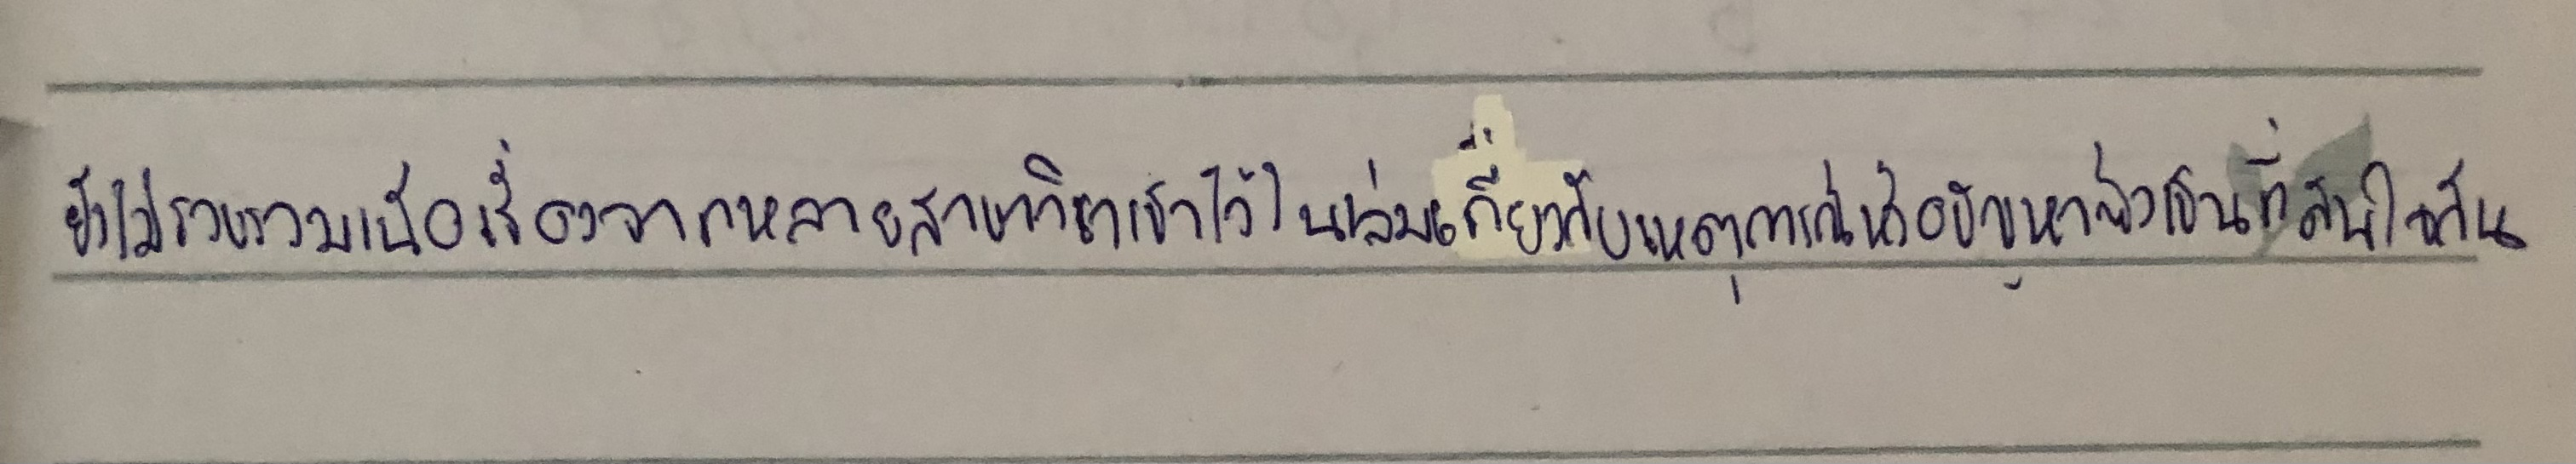
ยังได้รวบรวมเนื้อเรื่องจากหลายสาขาวิชาเข้าใว้ในเล่มเกี่ยวกับเหตุการณ์หรือปัญหาซึ่งเป็นที่สนใจกัน